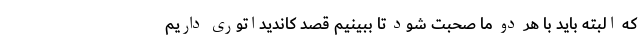
که البته باید با هر دو ما صحبت شود تا ببینیم قصد کاندیداتوری داریم